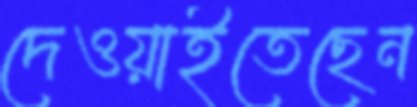
দেওয়াইতেছেন